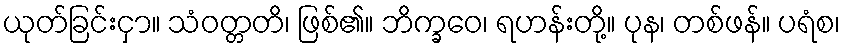
ယုတ်ခြင်းငှာ။ သံဝတ္တတိ၊ ဖြစ်၏။ ဘိက္ခဝေ၊ ရဟန်းတို့။ ပုန၊ တစ်ဖန်။ ပရံစ၊